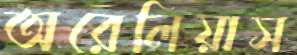
অরেলিয়াস